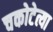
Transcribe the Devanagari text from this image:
चकोटेत्या